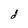
Character: d